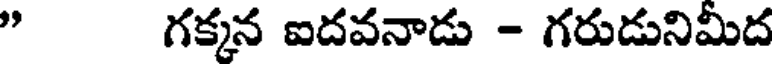
" గక్కన ఐదవనాడు - గరుడునిమీద